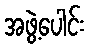
အဖွဲ့ပေါင်း